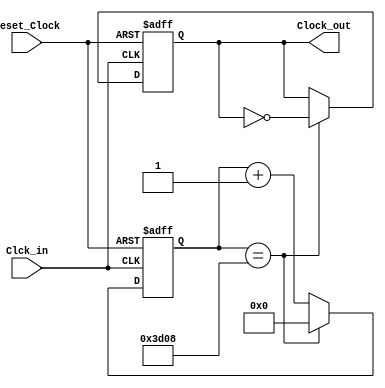
`timescale 1ns / 1ps
//////////////////////////////////////////////////////////////////////////////////
//Programador: Oscar Soto
//Curso: Laboratorio de circuitos digitales
//Proyecto: Control de un servomotor
//
//Descripcion: En este modulo se realiza un divisor de frecuencia para generar el reloj de 3.2 KHz utilizado en la maquina de estados del ADC. 
//					Esto se realiza con ayuda de un contador
//////////////////////////////////////////////////////////////////////////////////
module Divisor_Clock_ADC
//Declaracion de senales de entrada y salida
(
 input wire Clck_in,
 input wire reset_Clock,
 output reg Clock_out
 ); 
 
 //Declaracion de senales utilizadas dentro del modulo
 reg [13:0] contador ; 

 
always @(posedge Clck_in,posedge reset_Clock) //Lista sensitiva, responde ante un flanco positivo del Clck_in o reset_Clock
 begin
      if (reset_Clock) //Si el reset esta encendido el contador permanece en cero y la salida de reloj que se quiere generar tambien
		   begin
		   Clock_out <= 0;
			contador <= 0;
			end 
      else
          begin		// Cuando el contador llega a la cuenta de 15624 cambia la polaridad del reloj de salida y reinicia la cuenta, generando un reloj
							// de 3.2KHz. El valor de 15624 necesario para obtener esta senal de reloj se obtuvo redondeando al entero mas cercano el resultado
							// de la siguiente formula: [(100MHz/3.2KHz)/2]-1. Donde 100MHz es el reloj interno de la FPGA y 3.2KHz el reloj deseado. 
		    if (contador == 14'd15624)  
		        begin                    
			     contador <=14'd0;       
		        Clock_out <= ~Clock_out;
		        end 
		     else 
		        contador <= contador + 1'b1; 
          end 
 end 
  
endmodule